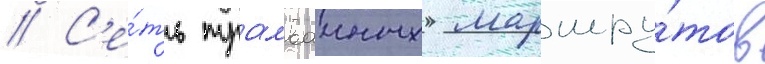
// С'е́ть трамваиных маршру́тов